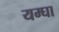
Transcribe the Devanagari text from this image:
यम्घा